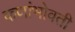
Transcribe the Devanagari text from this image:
कणांभोवती